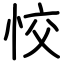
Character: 恔